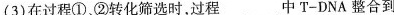
(3)在过程①、②转化筛选时，过程___中T-DNA整合到